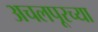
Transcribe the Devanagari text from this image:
अचलपूरच्या